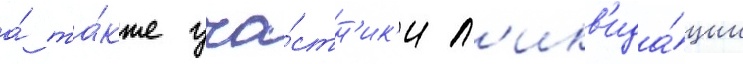
а́ та́кже уча́стн'ик'и л'икв'ида́ции